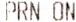
PRN ON